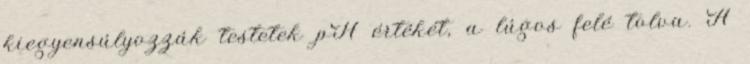
kiegyensúlyozzák testetek pH értékét, a lúgos felé tolva. A